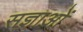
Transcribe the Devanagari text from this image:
सज्ञाओं